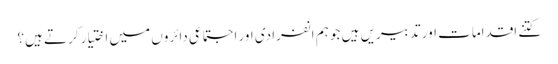
کتنے اقدامات اور تدبیریں ہیں جو ہم انفرادی اور اجتماعی دائروں میں اختیار کرتے ہیں؟